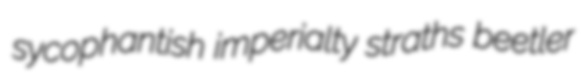
sycophantish imperialty straths beetler